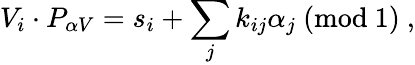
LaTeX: V_{i}\cdot P_{\alpha V}=s_{i}+\sum_{j}k_{ij}\alpha_{j}~({\mathrm{mod}}~1)~,